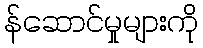
န်ဆောင်မှုများကို